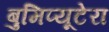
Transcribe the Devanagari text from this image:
बुमिप्यूटेरा